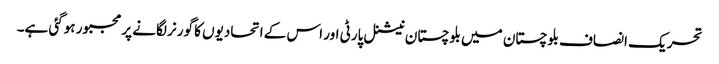
تحریک انصاف بلوچستان میں بلوچستان نیشنل پارٹی اور اس کے اتحادیوں کا گورنر لگانے پر مجبور ہوگئی ہے۔